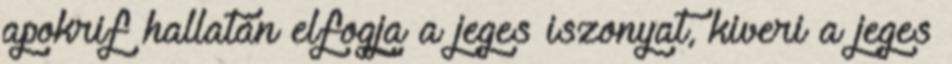
apokrif hallatán elfogja a jeges iszonyat, kiveri a jeges